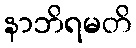
နာဘိရမတိ